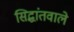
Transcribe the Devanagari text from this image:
सिद्धांतवाले